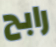
رابح